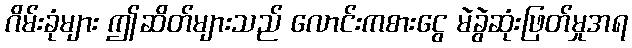
ဂိမ်းခုံများ ဤဆိတ်များသည် လောင်းကစားငွေ မဲခွဲဆုံးဖြတ်မှုအရ